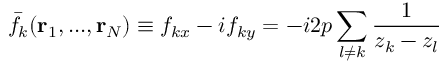
\bar { f } _ { k } ( { \bf r } _ { 1 } , . . . , { \bf r } _ { N } ) \equiv f _ { k x } - i f _ { k y } = - i 2 p \sum _ { l \neq k } \frac { 1 } { z _ { k } - z _ { l } }